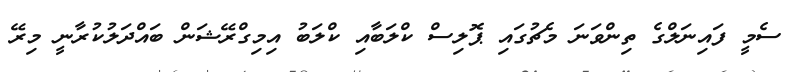
ސެމީ ފައިނަލްގެ ތިންވަނަ މެޗުގައި ޕޮލިސް ކްލަބާއި ކްލަބު އިމިގްރޭޝަން ބައްދަލުކުރާނީ މިރޭ